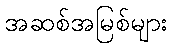
အဆစ်အမြစ်များ